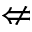
\nLeftarrow